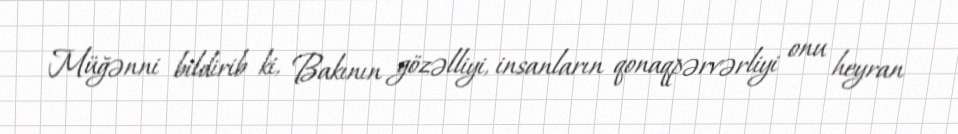
Müğənni bildirib ki, Bakının gözəlliyi, insanların qonaqpərvərliyi onu heyran